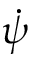
\dot { \psi }